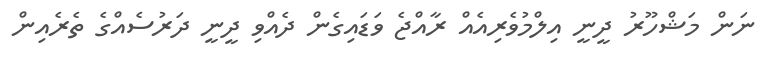
ނަން މަޝްހޫރު ދީނީ އިލްމުވެރިއެއް ރާއްޖެ ވަޑައިގެން ދެއްވި ދީނީ ދަރުސެއްގެ ތެރެއިން